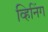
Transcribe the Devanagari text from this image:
व्हिनिंग